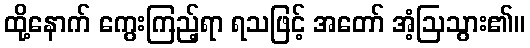
ထို့နောက် ကွေးကြည့်ရာ ရသဖြင့် အတော် အံ့ဩသွား၏။